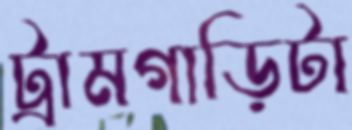
ট্রামগাড়িটা